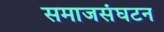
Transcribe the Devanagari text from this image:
समाजसंघटन